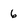
Character: 6